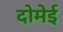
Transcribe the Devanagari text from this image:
दोमेई